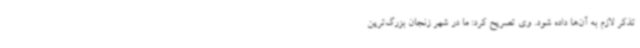
تذکر لازم به آن‌ها داده شود. وی تصریح کرد: ما در شهر زنجان بزرگ‌ترین